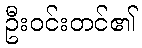
ဦးဝင်းတင်၏